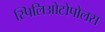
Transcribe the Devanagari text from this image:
स्पिलिओटोपोलस